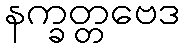
နက္ခတ္တဗေဒ